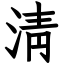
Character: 淸